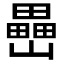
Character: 𡾔